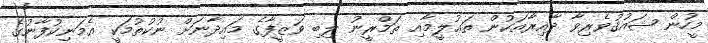
މީހުން ޝައުޤުވެރިވާ ދާއިރާއަކުން ތަޢުލީމާއި ތަމްރީނު ލިބި ވަޒީފާގެ މައިދާނަށް ނުކުތުމަކީ އެމަނިކުފާނުގެ